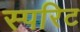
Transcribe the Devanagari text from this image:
स्परिट